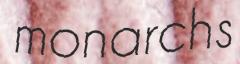
monarchs